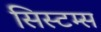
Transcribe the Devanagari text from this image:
सिस्टम्स